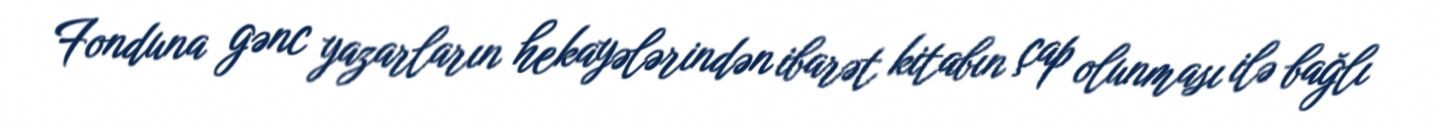
Fonduna gənc yazarların hekayələrindən ibarət kitabın çap olunması ilə bağlı